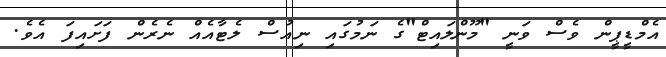
އެމްޑީޕީން ވެސް ވަނީ "މޫންލައިޓް"ގެ ނަމުގައި ނިއުސް ލެޓާއެއް ނެރެން ފަށައިފަ އެވެ.